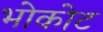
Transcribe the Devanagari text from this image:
भोकोट